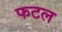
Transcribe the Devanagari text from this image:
फटल